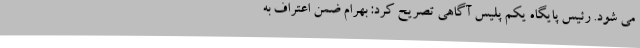
می شود. رئیس پایگاه یکم پلیس آگاهی تصریح کرد: بهرام ضمن اعتراف به